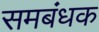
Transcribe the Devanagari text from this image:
समबंधक